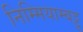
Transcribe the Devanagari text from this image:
निम्मियाम्बट्टू